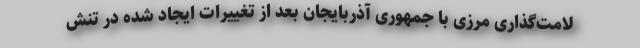
لامت‌گذاری مرزی با جمهوری آذربایجان بعد از تغییرات ایجاد شده در تنش